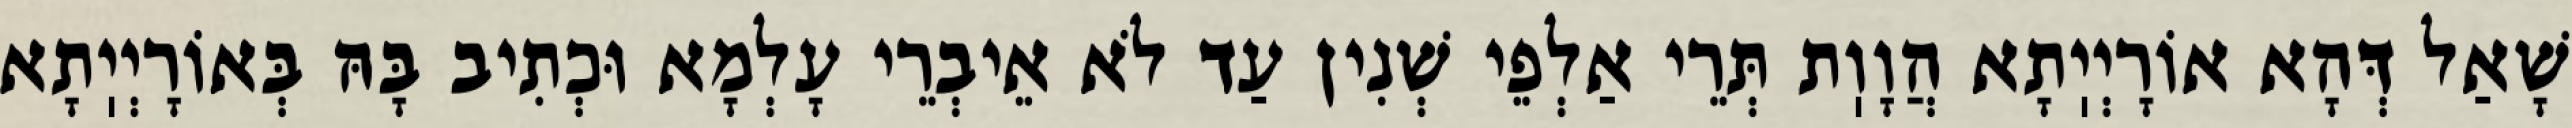
שָׁאַל דְּהָא אוֹרָיְיֽתָא הֲוָוֽת תְּרֵי אַלְפֵי שְׁנִין עַד לֹא אֵיבְרֵי עָלְמָא וּכְתִיב בָּהּ בְּאוֹרָיְיֽתָא